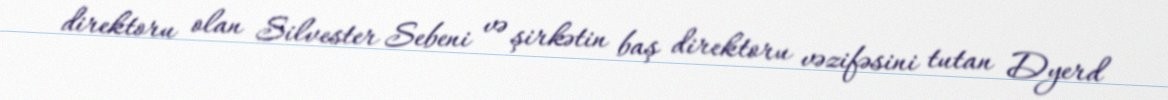
direktoru olan Silvester Sebeni və şirkətin baş direktoru vəzifəsini tutan Dyerd